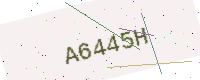
Text: A6445H